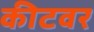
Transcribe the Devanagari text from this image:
कीटवर